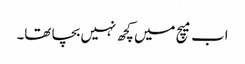
اب میچ میں کچھ نہیں بچا تھا۔